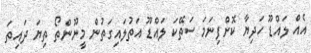
އެއް ލައްޑޫ ހަދިޔާ ކޮށްފިނަމަ ސަތޭކަ ލައްޑޫ އަތުލައިގަތުން މީނޫންތޯ ތިޔަ ދައިތަ